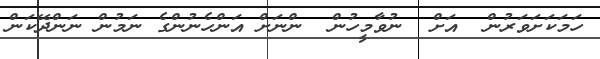
ހަމަކަށަވަރުން  އަށް  ނުވާމީހުން  ންނަށް އަންހެނުންގެ ނަމުން ނަންދޭކަން